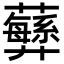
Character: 𧄫